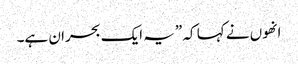
انھوں نے کہا کہ ”یہ ایک بحران ہے۔